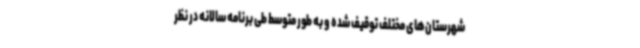
شهرستان‌های مختلف توقیف شده و به طور متوسط طی برنامه سالانه در نظر